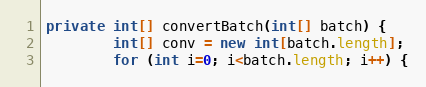
Language: Java
private int[] convertBatch(int[] batch) {
        int[] conv = new int[batch.length];
        for (int i=0; i<batch.length; i++) {